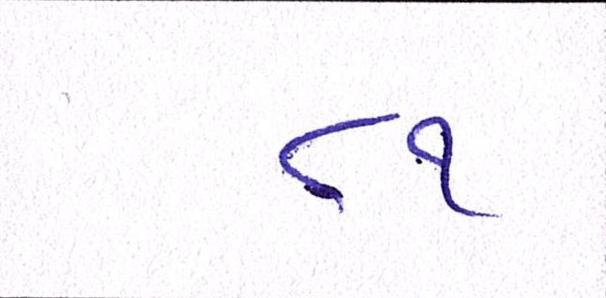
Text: ૮૧